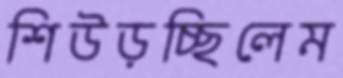
শিউড়চ্ছিলেম